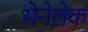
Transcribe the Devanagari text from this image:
मेनेलेक